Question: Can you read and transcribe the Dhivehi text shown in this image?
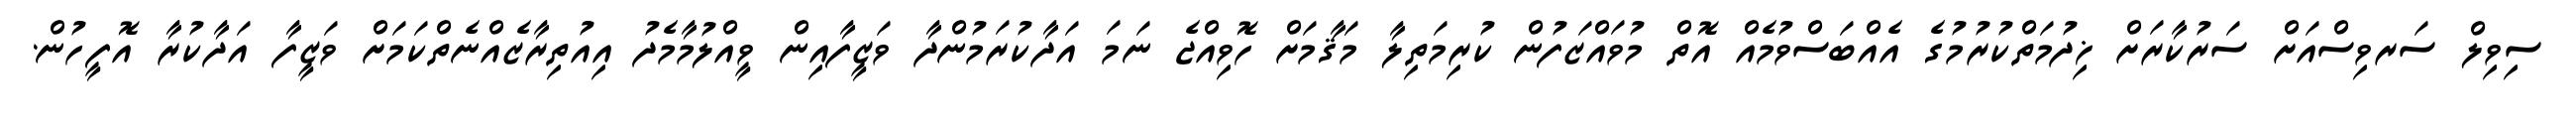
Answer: ސިވިލް ސަރވިސްއަށް ސަރުކާރަށް ޚިދުމަތްކުރުމުގެ އެއްބަސްވުމެއް އޮތް މުވައްޒަފުން ކުރިމަތިލާ މަޤާމަށް ހޮވިއްޖެ ނަމަ އަދާކުރަމުންދާ ވަޒީފާއިން ވީއްލުމާމެދު އިއުތިރާޒެއްނެތްކަމަށް ވަޒީފާ އަދާކުރާ އޮފީހުން.